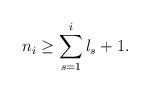
LaTeX: \begin{align*}n_i\geq\sum\limits_{s=1}^{i}l_s+1.\end{align*}